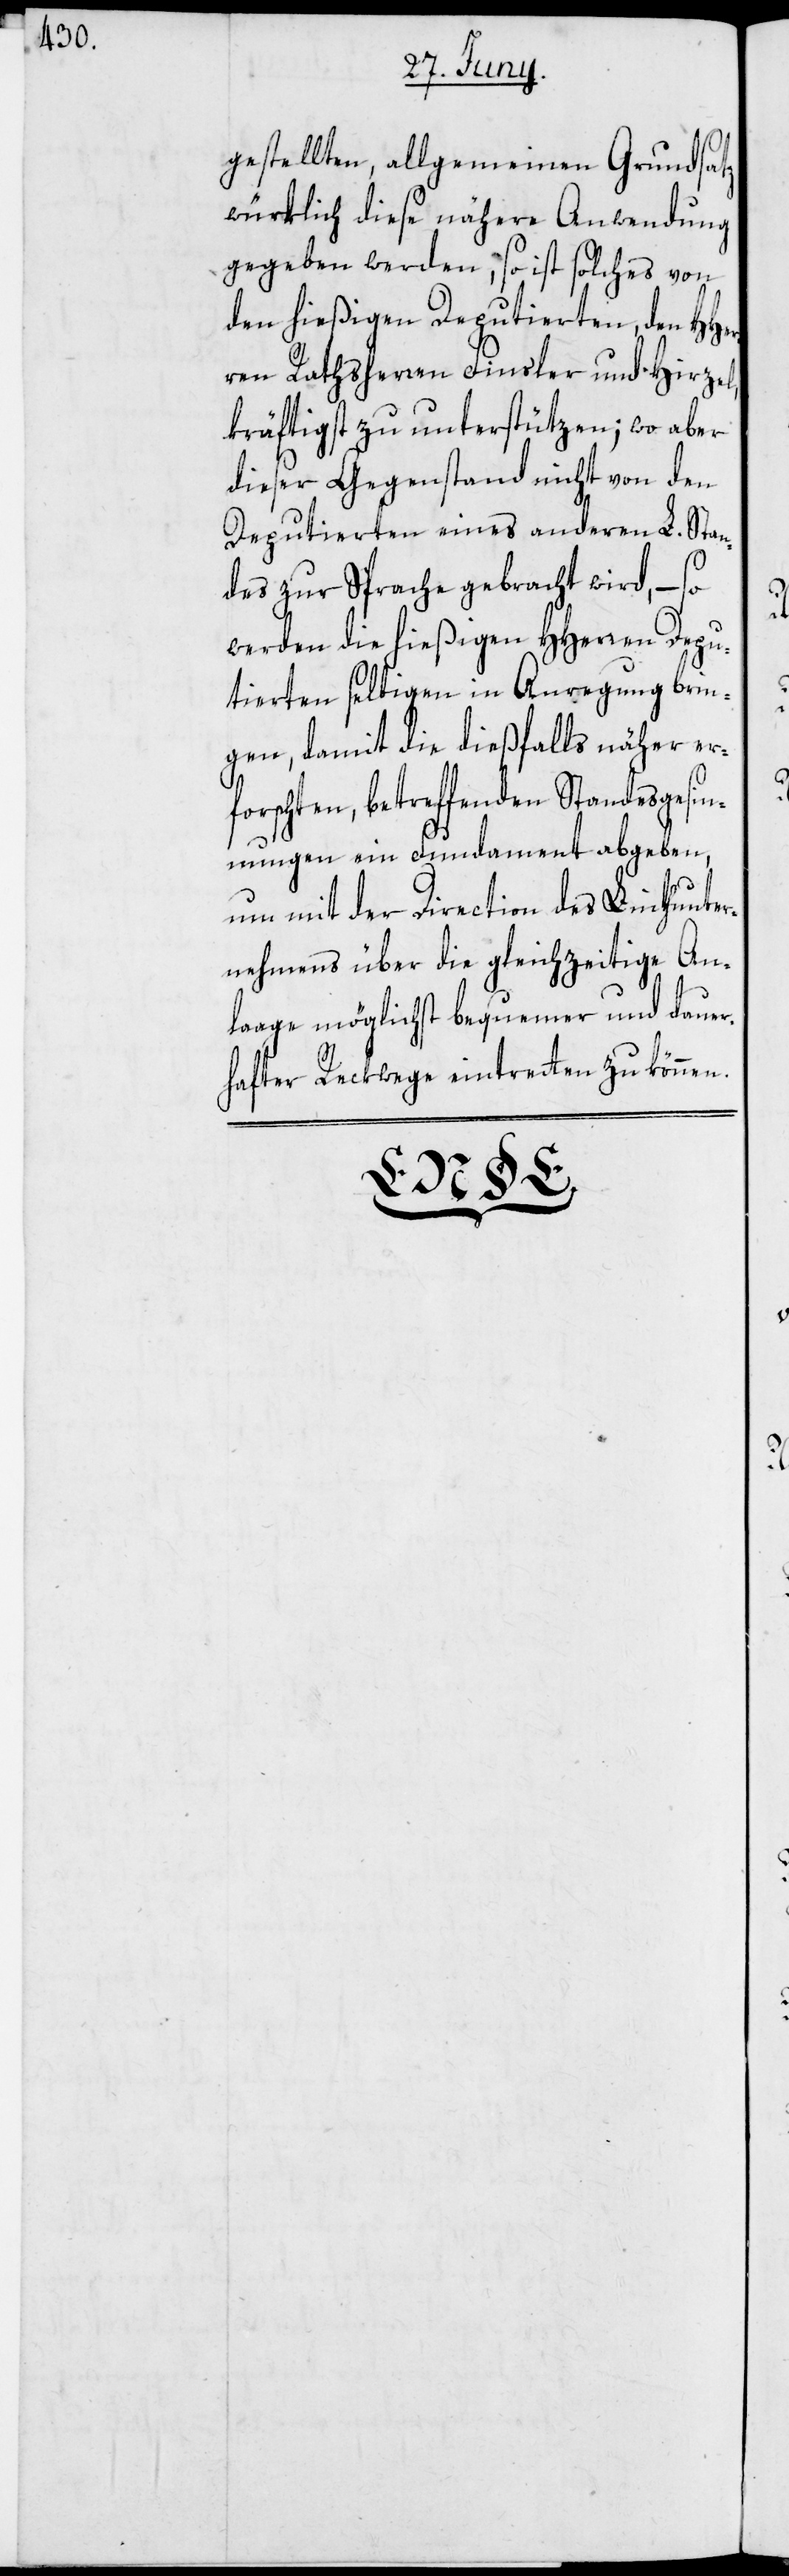
gestellten, allgemeinen Grundsatz
würklich diese nähere Anwendung
gegeben werden, so ist solches von
den hießigen Deputierten, den HHer¬
ren Rathsherren Finsler und Hirzel,
kräftigst zu unterstützen; wo aber
dieser Gegenstand nicht von den
Deputierten eines anderen L. Stan¬
des zur Sprache gebracht wird, – so
werden die hießigen HHerren Depu¬
tierten selbigen in Anregung brin¬
gen, damit die dießfalls näher er¬
forschten, betreffenden Standesgesin¬
nungen ein Fundament abgeben,
um mit der Direction des Linthunte¬
rnehmens über die gleichzeitige An¬
lage möglichst bequemer und dauer¬
hafter Reckwege eintreten zu können.